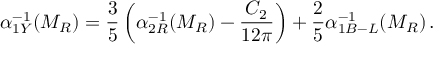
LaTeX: \alpha _ { 1 Y } ^ { - 1 } ( M _ { R } ) = { \frac { 3 } { 5 } } \left( \alpha _ { 2 R } ^ { - 1 } ( M _ { R } ) - { \frac { C _ { 2 } } { 1 2 \pi } } \right) + { \frac { 2 } { 5 } } \alpha _ { 1 B - L } ^ { - 1 } ( M _ { R } ) \, .